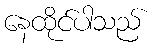
နေထိုင်ပါသည်